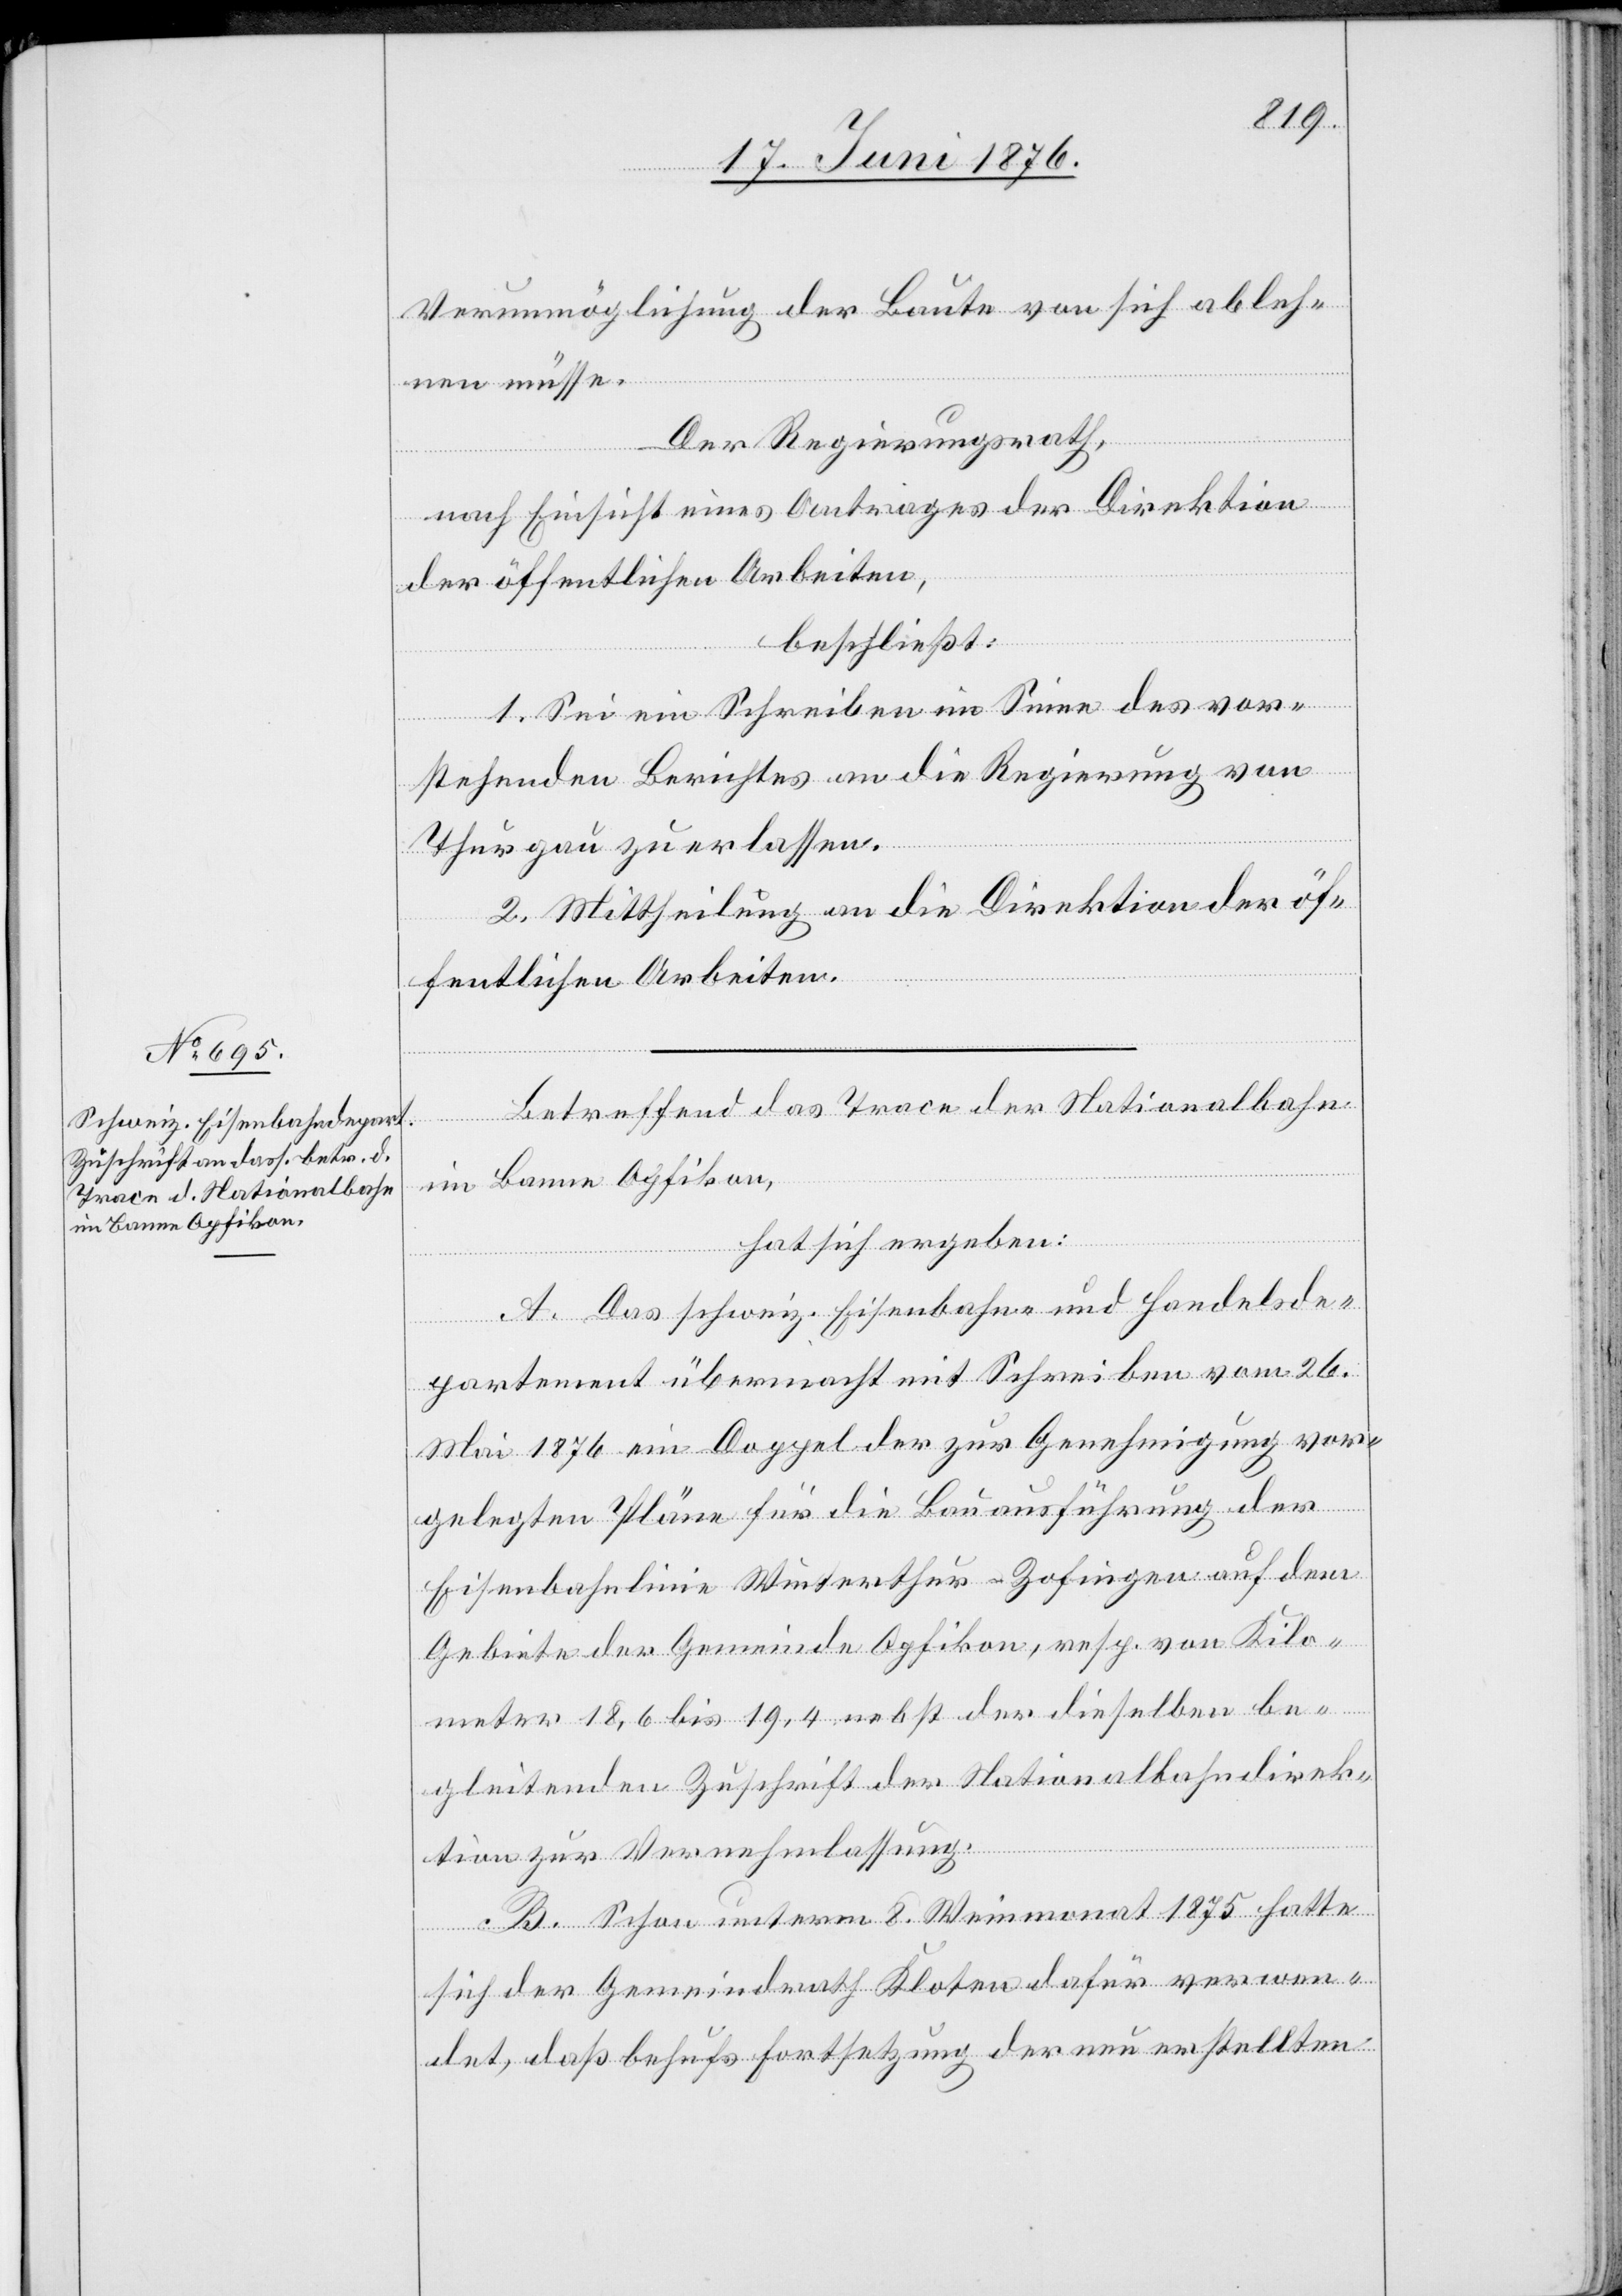
Verunmöglichung der Baute von sich ableh¬
nen müsse.
Der Regierungsrath,
nach Einsicht eines Antrages der Direktion
der öffentlichen Arbeiten,
beschließt:
1. Sei ein Schreiben im Sinne des vor¬
stehenden Berichtes an die Regierung von
Thurgau zu erlassen.
2. Mittheilung an die Direktion der öf¬
fentlichen Arbeiten.
Betreffend das Trace der Nationalbahn
im Banne Opfikon,
hat sich ergeben:
A. Das schweiz. Eisenbahn- und Handelsde¬
partement übermacht mit Schreiben vom 26.
Mai 1876 ein Doppel der zur Genehmigung vor¬
gelegten Pläne für die Bauausführung der
Eisenbahnlinie Winterthur–Zofingen auf dem
Gebiete der Gemeinde Opfikon, resp. von Kilo¬
meter 18,6 bis 19,4 nebst der dieselben be¬
gleitenden Zuschrift der Nationalbahndirek¬
tion zur Vernehmlassung.
B. Schon unterm 8. Weinmonat 1875 hatte
sich der Gemeindrath Kloten dafür verwen¬
det, daß behufs Fortsetzung der neu erstellten